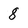
Character: 8